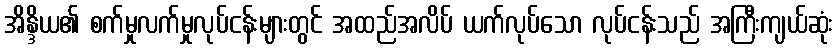
အိန္ဒိယ၏ စက်မှုလက်မှုလုပ်ငန်းများတွင် အထည်အလိပ် ယက်လုပ်သော လုပ်ငန်းသည် အကြီးကျယ်ဆုံး